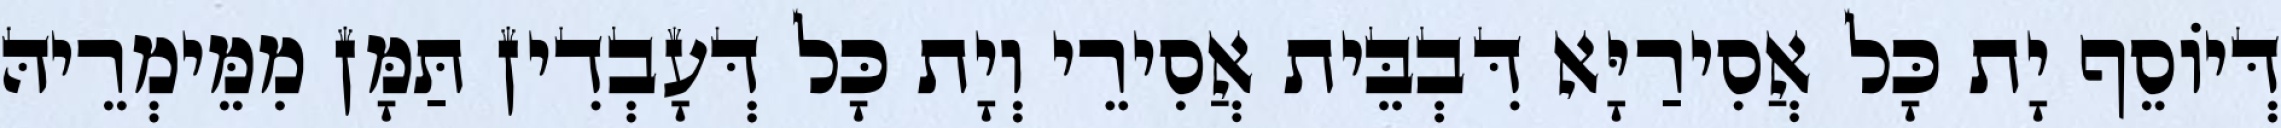
דְּיוֹסֵף יָת כָּל אֲסִירַיָּא דִּבְבֵּית אֲסִירֵי וְיָת כָּל דְּעָבְדִין תַּמָּן מִמֵּימְרֵיהּ